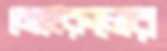
মেহেরুলের